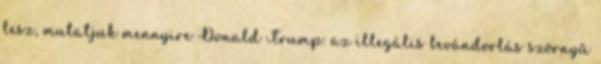
lesz, mutatjuk mennyire Donald Trump: az illegális bevándorlás szörnyű